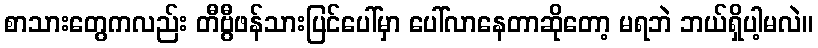
စာသားတွေကလည်း တီဗွီဖန်သားပြင်ပေါ်မှာ ပေါ်လာနေတာဆိုတော့ မရဘဲ ဘယ်ရှိပါ့မလဲ။